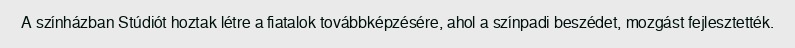
A színházban Stúdiót hoztak létre a fiatalok továbbképzésére, ahol a színpadi beszédet, mozgást fejlesztették.